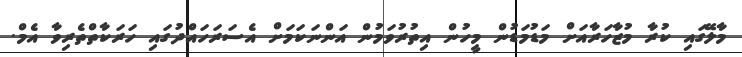
މާލޭގައި ކުރާ މުޒާހަރާއަށް މަޑުމަޑުން މީހުން އިތުރުވަމުން އަންނަކަމަށް އެސަރަހައްދުގައި ހަރަކާތްތެރިވާ އެމް.